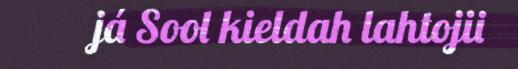
já Sool kieldah lahtojii